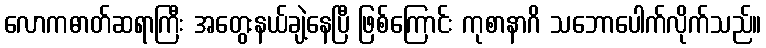
လောကဓာတ်ဆရာကြီး အတွေးနယ်ချဲ့နေပြီ ဖြစ်ကြောင်း ကုစာနာဂိ သဘောပေါက်လိုက်သည်။